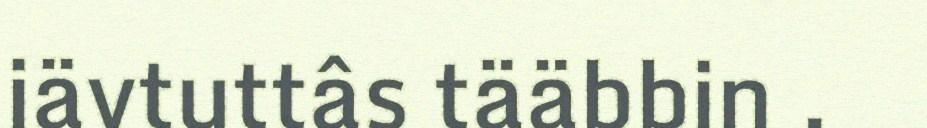
iävtuttâs tääbbin .